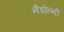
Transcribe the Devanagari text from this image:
नैडोल्नी